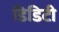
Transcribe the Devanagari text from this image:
डिडिटी